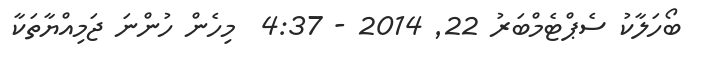
ބޯހަލާކު ސެޕްޓެމްބަރު 22